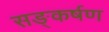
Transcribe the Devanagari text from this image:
सङ्कर्षण